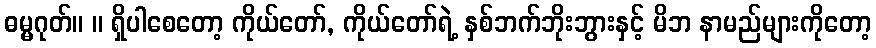
ဓမ္မဂုတ်။ ။ ရှိပါစေတော့ ကိုယ်တော်, ကိုယ်တော်ရဲ့ နှစ်ဘက်ဘိုးဘွားနှင့် မိဘ နာမည်များကိုတော့